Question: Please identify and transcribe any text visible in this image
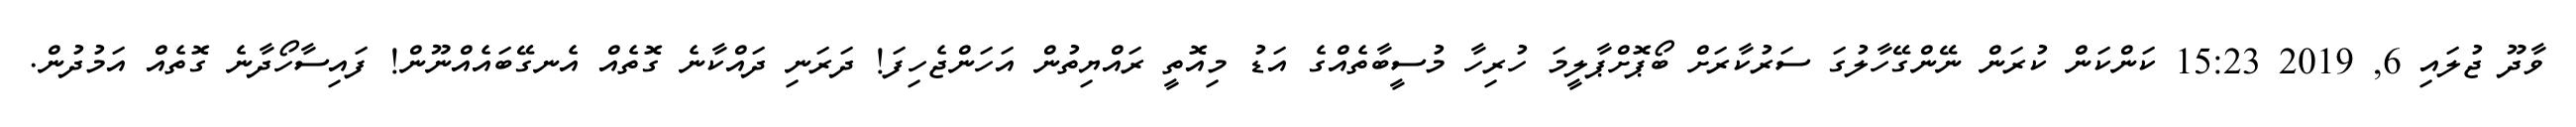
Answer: ވާދޫ ޖުލައި 6, 2019 15:23 ކަންކަން ކުރަން ނޭންގޭހާލުގަ ސަރުކާރަށް ބޯޕޮށްޕާލީމަ ހުރިހާ މުސީބާތެއްގެ އަޑު މިއޮތީ ރައްޔިތުން އަހަންޖެހިފަ! ދަރަނި ދައްކާނެ ގޮތެއް އެނގޭބައެއްނޫން! ފައިސާހޯދާނެ ގޮތެއް އަމުދުން.